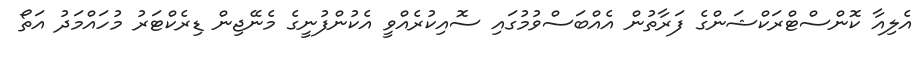
އެލިއާ ކޮންސްޓްރަކްޝަންގެ ފަރާތުން އެއްބަސްވުމުގައި ސޮއިކުރެއްވީ އެކުންފުނީގެ މެނޭޖިން ޑިރެކްޓަރު މުހައްމަދު އަތޯ